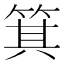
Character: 箕